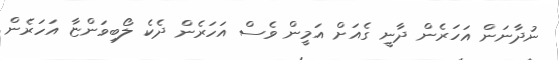
ނުދާނަން އަހަރެން ދާނީ ގެއަށް އަމީން ވެސް އަހަރެން ދެކެ ލޯބިވަންޏާ އަހަރެން